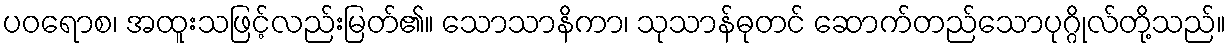
ပဝရောစ၊ အထူးသဖြင့်လည်းမြတ်၏။ သောသာနိကာ၊ သုသာန်ဓုတင် ဆောက်တည်သောပုဂ္ဂိုလ်တို့သည်။